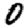
Digit: 0